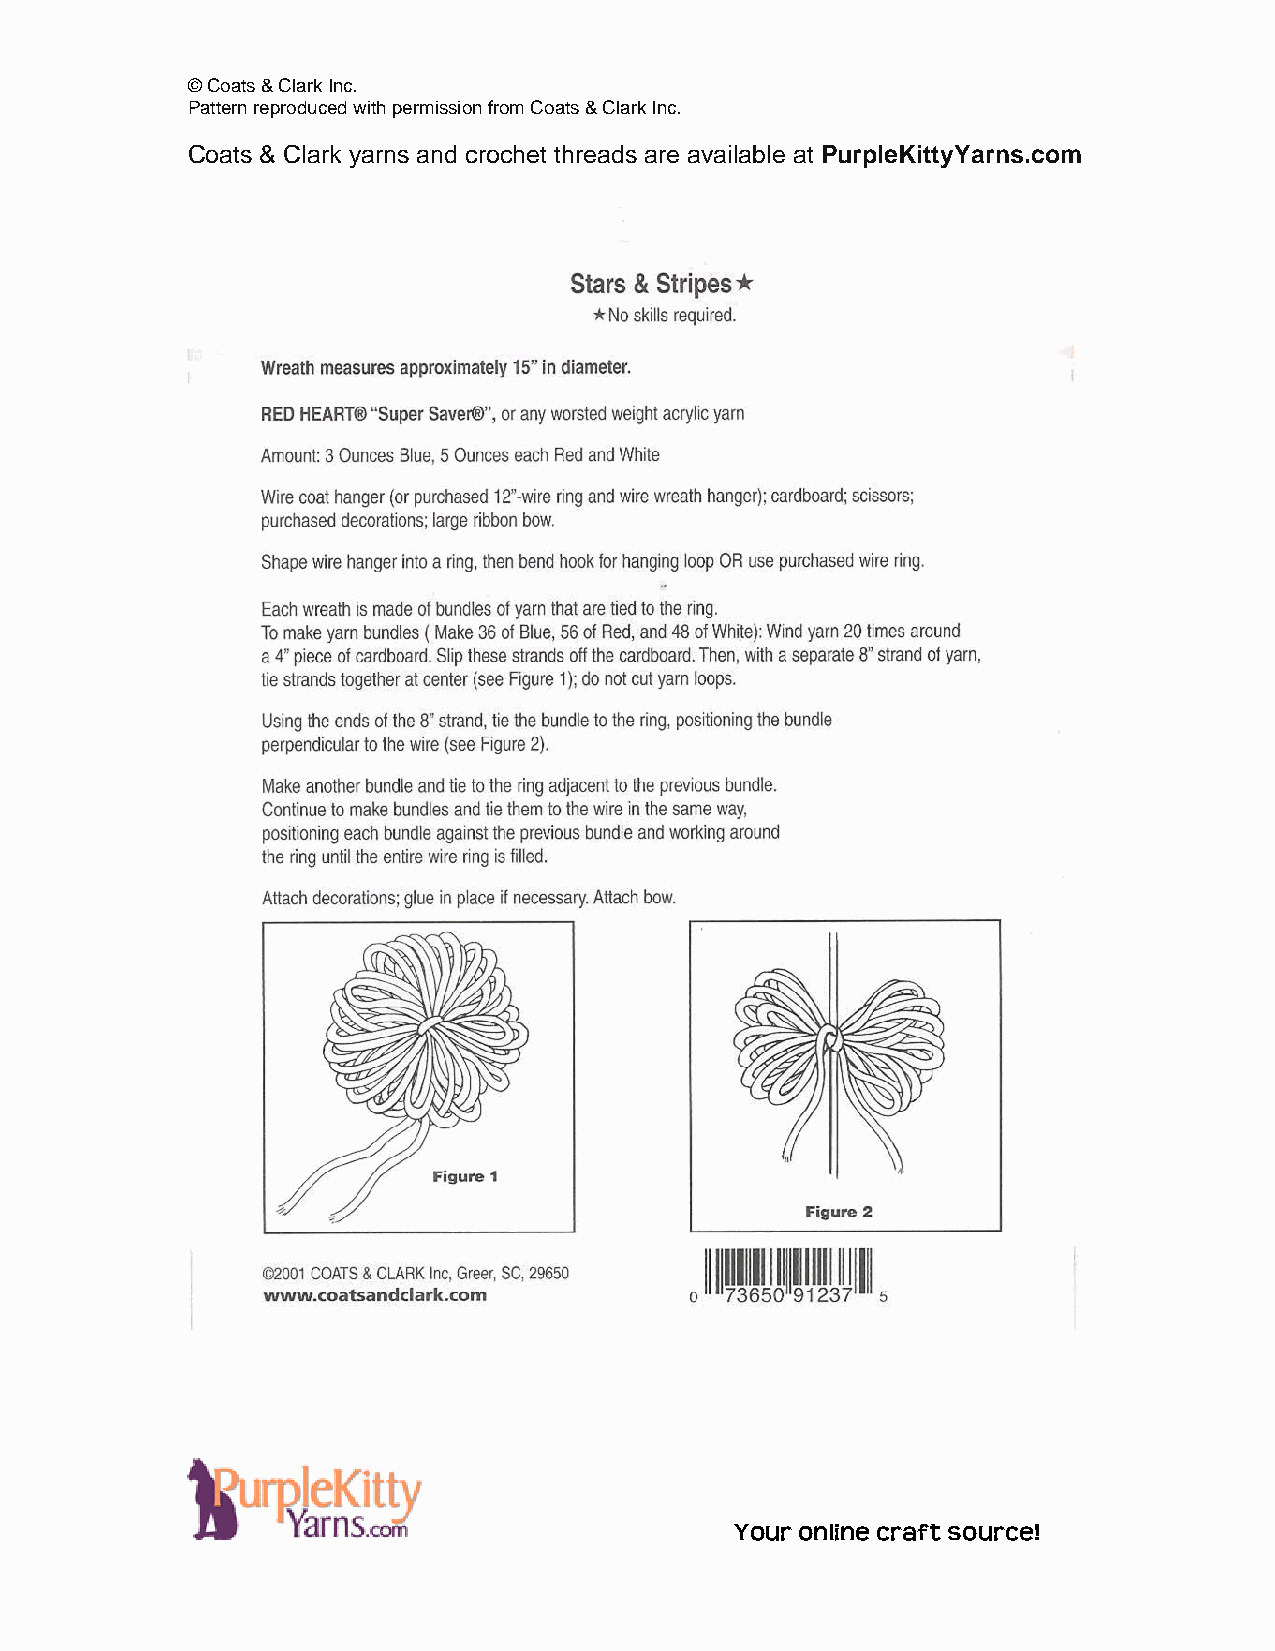
© Coats & Clark Inc.
 Pattern reproduced with permission from Coats & Clark Inc.
 Coats & Clark yarns and crochet threads are available at PurpleKittyYarns.com
 Your online craft source!